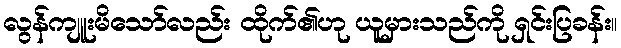
လွန်ကျူးမိသော်လည်း ထိုက်၏ဟု ယူမှားသည်ကို ရှင်းပြခန်း။